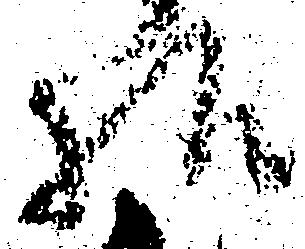
様